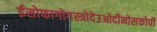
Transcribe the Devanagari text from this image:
ईसोफागोगस्त्रोदेउओदीनोसकोपी